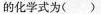
的化学式为( )